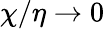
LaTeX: \chi/\eta\to 0